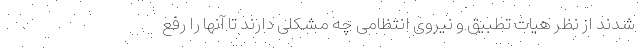
شدند از نظر هیات تطبیق و نیروی انتظامی چه مشکلی دارند تا آنها را رفع